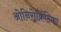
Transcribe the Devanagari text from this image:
ओनिरोक्रिटिका